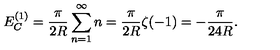
E _ { C } ^ { ( 1 ) } = \frac { \pi } { 2 R } \sum _ { n = 1 } ^ { \infty } n = \frac { \pi } { 2 R } \zeta ( - 1 ) = - \frac { \pi } { 2 4 R } .